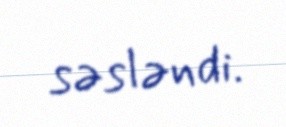
səsləndi.